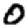
Digit: 0